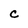
Character: C